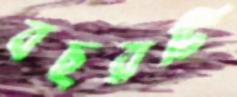
বছরটি